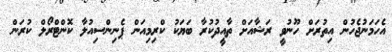
އެހަމަނުޖެހުން އިތުރަށް ހޫނުވީ ރަޝާއަށް ތާއީދުކުރާ ބަޔަކު ކްރިމިއަން ޕެނިންސިއުލާ ކޮންޓްރޯލް ކުރަން